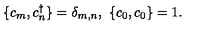
\{ c _ { m } , c _ { n } ^ { \dagger } \} = \delta _ { m , n } , \ \{ c _ { 0 } , c _ { 0 } \} = 1 .